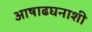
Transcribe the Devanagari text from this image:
आषाढघनाशी